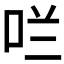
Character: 𫩪